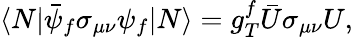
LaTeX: \langle N|\bar{\psi}_{f}\sigma_{\mu\nu}\psi_{f}|N\rangle=g_{T}^{f}\bar{U}\sigma_{\mu\nu}U,